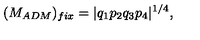
( M _ { A D M } ) _ { f i x } = | q _ { 1 } p _ { 2 } q _ { 3 } p _ { 4 } | ^ { 1 / 4 } ,